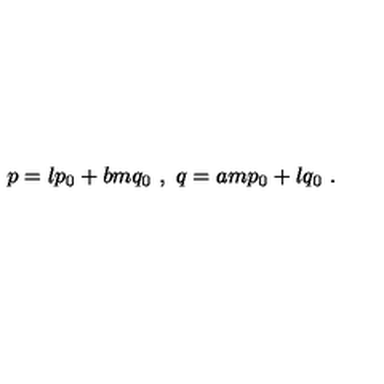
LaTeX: p = l p _ { 0 } + b m q _ { 0 } \ , \ q = a m p _ { 0 } + l q _ { 0 } \ .